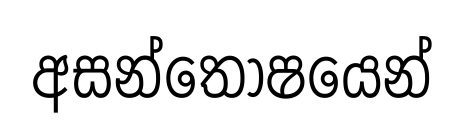
අසන්තෝෂයෙන්